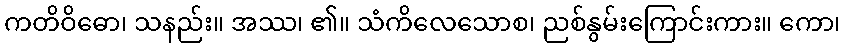
ကတိဝိဓော၊ သနည်း။ အဿ၊ ၏။ သံကိလေသောစ၊ ညစ်နွမ်းကြောင်းကား။ ကော၊